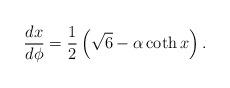
LaTeX: \begin{align*} {\frac{d x}{d\phi}=\frac{1}{2}\left(\sqrt{6}-\alpha\coth x\right).}\end{align*}